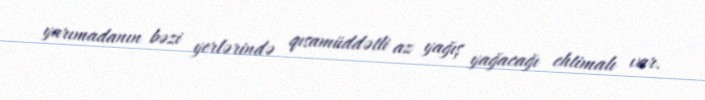
yarımadanın bəzi yerlərində qısamüddətli az yağış yağacağı ehtimalı var.